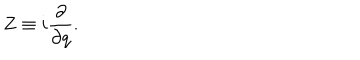
Z \equiv i \frac { \partial } { \partial q } .